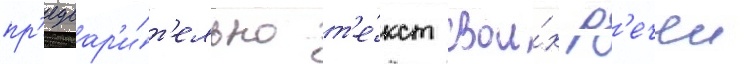
пр'едвар'и́т'ельно т'е́кст свои́х р'ечеи